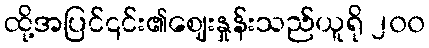
ထို့အပြင်၎င်း၏ဈေးနှုန်းသည်ယူရို ၂၀၀